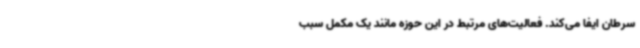
سرطان ایفا می‌کند. فعالیت‌های مرتبط در این حوزه مانند یک مکمل سبب